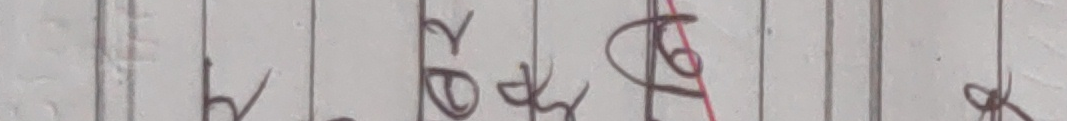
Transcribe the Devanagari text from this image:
ह्ब्रखुङोरु